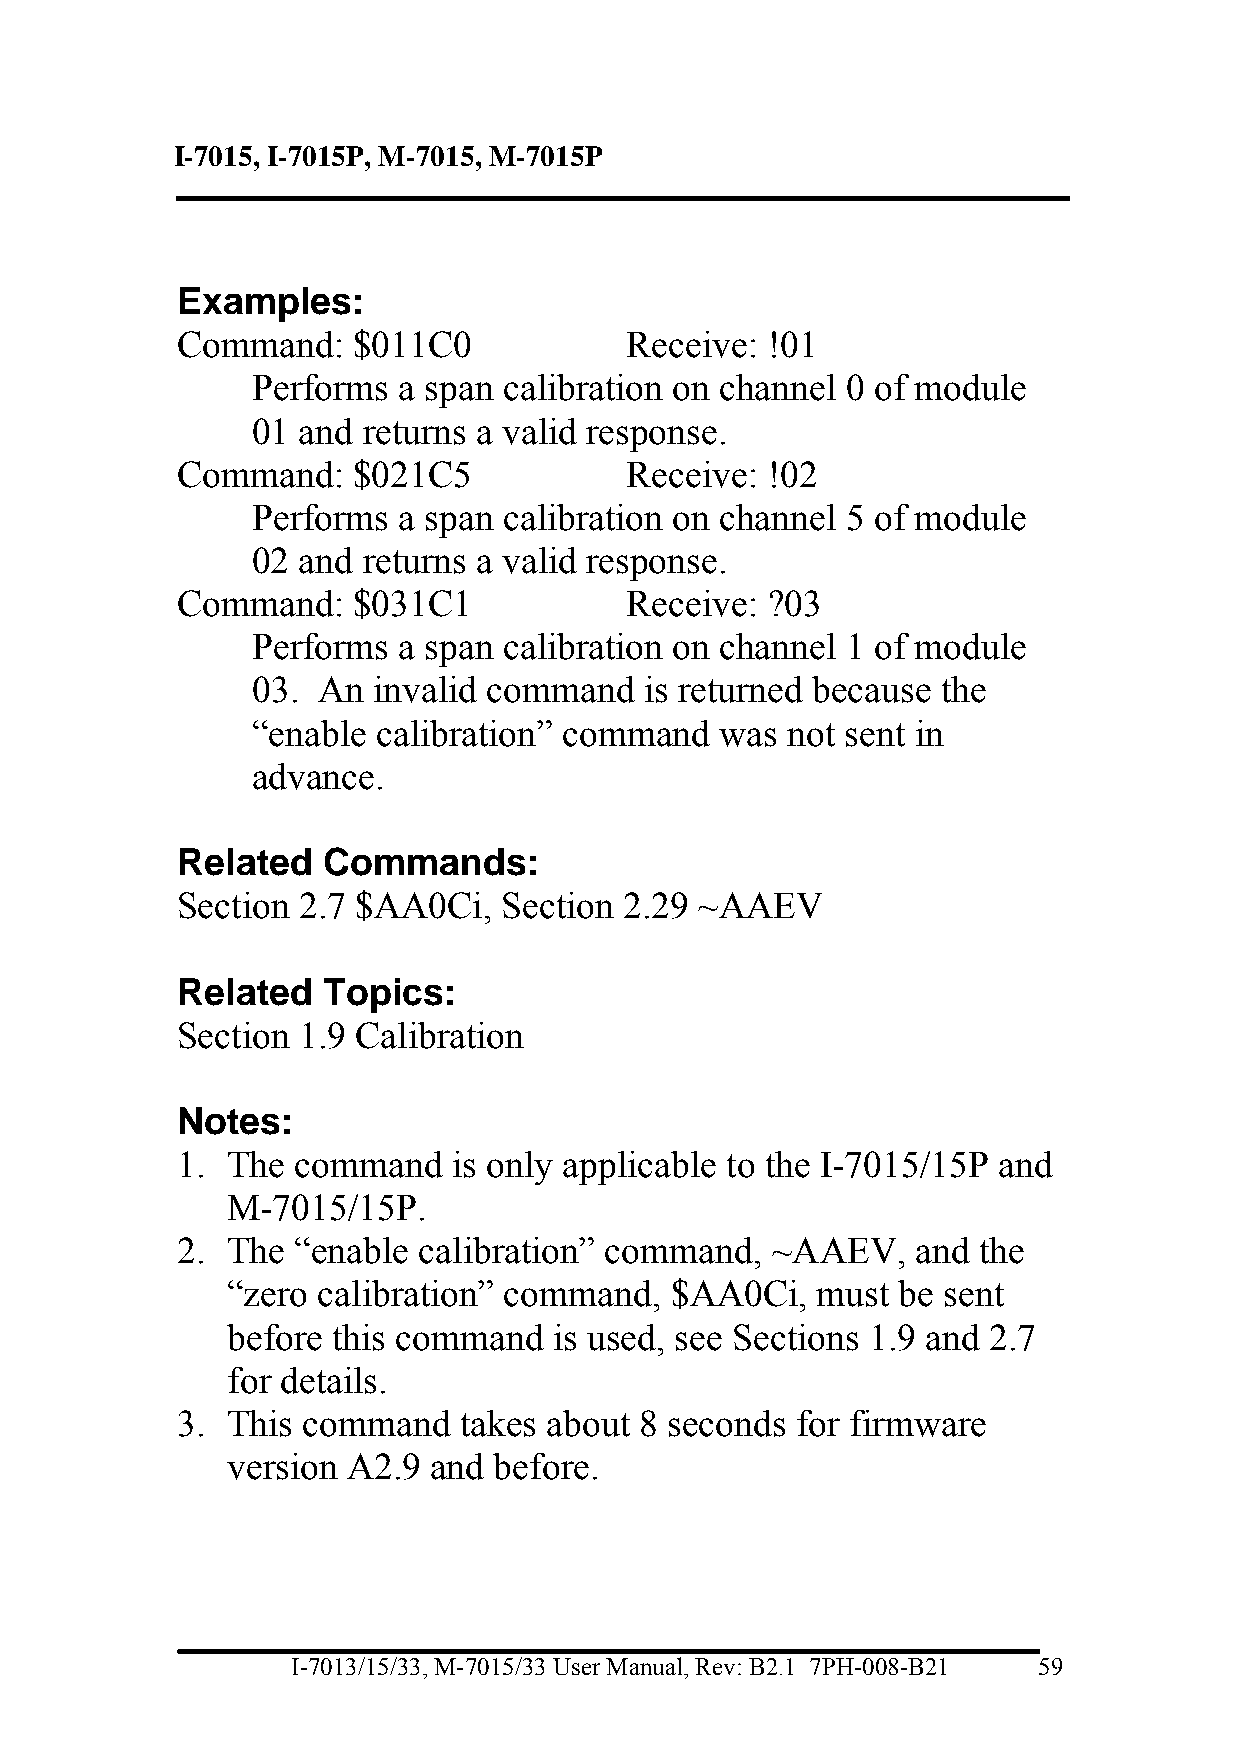
I-7015, I-7015P, M-7015, M-7015P
 Examples:
 Command:   $011C0             Receive: !01
 Performs a span calibration on channel 0 of module
 01 and returns a valid response.
 Command:   $021C5             Receive: !02
 Performs a span calibration on channel 5 of module
 02 and returns a valid response.
 Command:   $031C1             Receive: ?03
 Performs a span calibration on channel 1 of module
 03. An  invalid command   is returned because the
 “enable calibration” command   was not sent in
 advance.
 Related  Commands:
 Section 2.7 $AA0Ci,  Section 2.29 ~AAEV
 Related  Topics:
 Section 1.9 Calibration
 Notes:
 1. The  command   is only applicable to the I-7015/15P and
 M-7015/15P.
 2. The  “enable calibration” command,  ~AAEV,    and the
 “zero calibration” command,  $AA0Ci,   must  be sent
 before this command   is used, see Sections 1.9 and 2.7
 for details.
 3. This command   takes about 8 seconds  for firmware
 version A2.9 and  before.
 I-7013/15/33, M-7015/33 User Manual, Rev: B2.1 7PH-008-B21 59